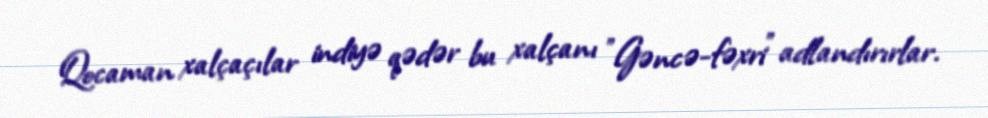
Qocaman xalçaçılar indiyə qədər bu xalçanı "Gəncə-fəxri" adlandırırlar.